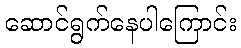
ဆောင်ရွက်နေပါကြောင်း